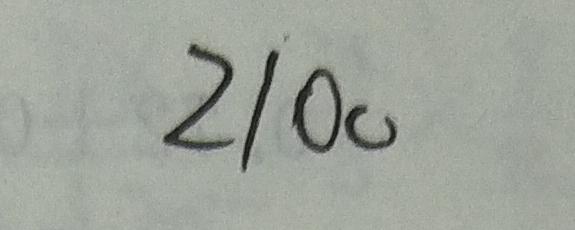
2 1 0 0